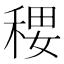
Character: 𰨭